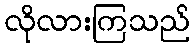
လိုလားကြသည်